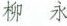
柳永